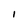
Character: l